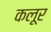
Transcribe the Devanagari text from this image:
कलूर